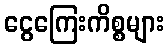
ငွေကြေးကိစ္စများ